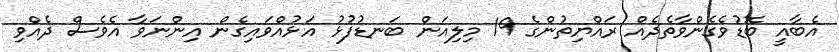
އެބާއީ ބޮޑުވެގެންވާތެދެއް ރައްޔިތުންގެ 19 މިލިއަން ބަނޑުފުޅު އަޅުއްވައިގެން އިންނަވާ އެވެސް ދެއްވި